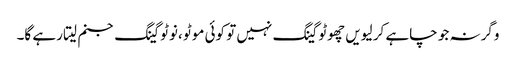
وگرنہ جو چاہے کر لیویں چھوٹو گینگ نہیں تو کوئی موٹو ،نوٹو گینگ جنم لیتا رہے گا۔